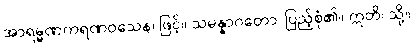
အာရမ္မဏကရဏဝသေန၊ ဖြင့်။ သမန္နာဂတော၊ ပြည့်စုံ၏။ ဣတိ၊ သို့။